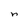
Character: n